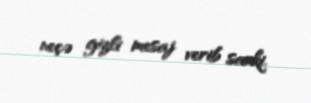
neçə gizli mesaj verib sanki.